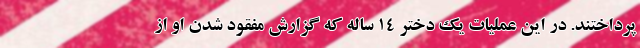
پرداختند. در این عملیات یک دختر ۱۴ ساله که گزارش مفقود شدن او از